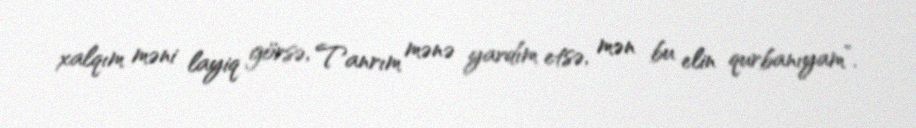
xalqım məni layiq görsə, Tanrım mənə yardım etsə, mən bu elin qurbanıyam”.